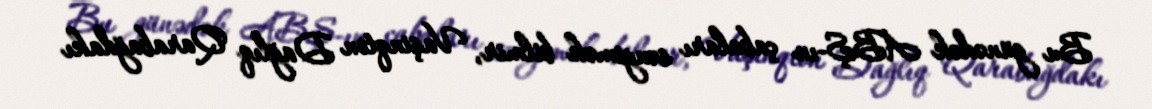
Bu günədək ABŞ-ın çabaları səngimək bilmir, Vaşinqton Dağlıq Qarabağdakı